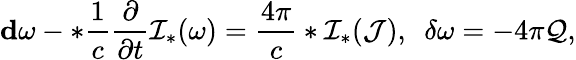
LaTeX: {\mathbf d}\omega-*\frac{1}{c}\frac{\partial}{\partial t}{\cal I}_{*}(\omega)=\frac{4\pi}{c}*{\cal I}_{*}({\cal J}),\ \ \delta\omega=-4\pi{\cal Q},